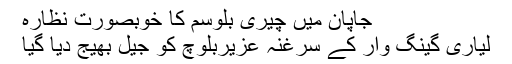
جاپان میں چیری بلوسم کا خوبصورت نظارہ
لیاری گینگ وار کے سرغنہ عزیربلوچ کو جیل بھیج دیا گیا